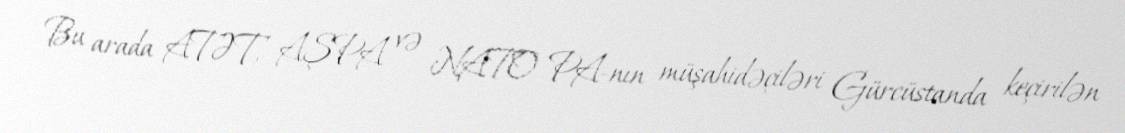
Bu arada ATƏT, AŞPA və NATO PA-nın müşahidəçiləri Gürcüstanda keçirilən